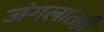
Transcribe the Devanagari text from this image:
जंगलातही